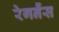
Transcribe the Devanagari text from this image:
रेगनैंस